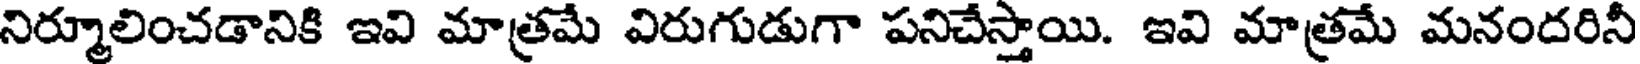
నిర్మూలించడానికి ఇవి మాత్రమే విరుగుడుగా పనిచేస్తాయి. ఇవి మాత్రమే మనందరినీ